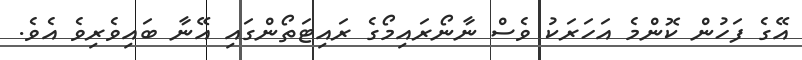
އޭގެ ފަހުން ކޮންމެ އަހަރަކު ވެސް ނާނޯރައިމޯގެ ރައިޓަތޯންގައި އޭނާ ބައިވެރިވެ އެވެ.